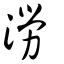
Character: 澇